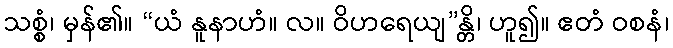
သစ္စံ၊ မှန်၏။ “ယံ နူနာဟံ။ လ။ ဝိဟရေယျ”န္တိ၊ ဟူ၍။ ဧတံ ဝစနံ၊